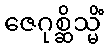
ဇေဂုစ္ဆိသ္မိံ